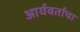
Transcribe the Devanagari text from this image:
आर्यवर्ताचा